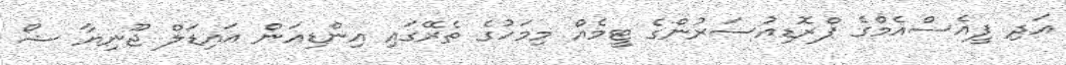
އަދި ޕީއެސްއެމްގެ ޕްރޮޑިއުސަރުންގެ ޓީމެއް މިމަހުގެ ތެރޭގައި އިންޑިއަން އައިޑަލް ޖޫނިޔާ ޝޯ